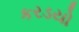
કરડયો